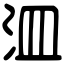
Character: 㳑